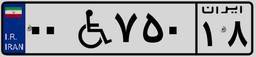
۰۰W۷۵۰۱۸